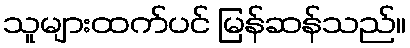
သူများထက်ပင် မြန်ဆန်သည်။